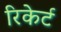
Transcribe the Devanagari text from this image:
रिकेर्ट